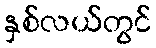
နှစ်လယ်တွင်